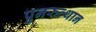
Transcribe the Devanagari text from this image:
पुनरुत्‍थान